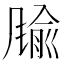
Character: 𲋈